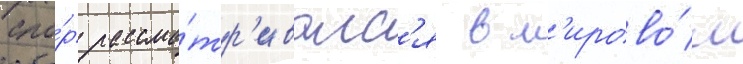
Спо́р рассма́тр'ивалс'я в м'ирово́м